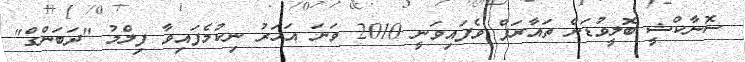
ސޮނާކްޝީ ބޮލީވުޑަށް ތައާރަފް ވެފައިވަނީ 2010 ވަނަ އަހަރު ނިކުމެފައިވާ ފިލްމު "ދަބަންގް"